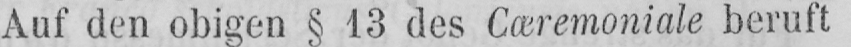
Auf den obigen § 13 des Cæremoniale beruft